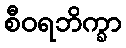
စီဝရဘိက္ခာ